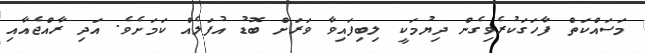
މަސައްކަތް ފާހަގަކުރެވިގެން ދިޔުމަކީ ލިބިފައިވާ ވަރަށް ބޮޑު އުފަލެއް ކަމަށެވެ. އަދި ރާއްޖެއާއި